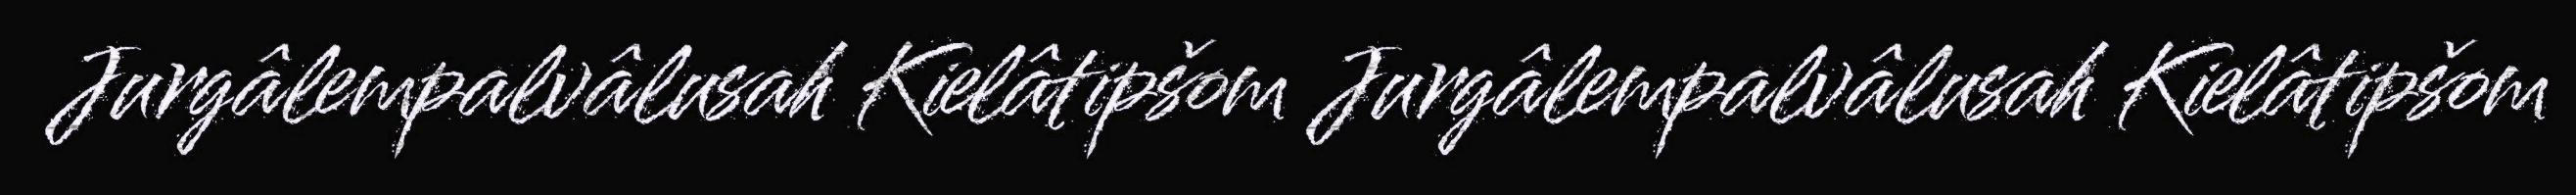
Jurgâlempalvâlusah Kielâtipšom Jurgâlempalvâlusah Kielâtipšom